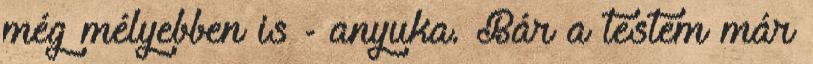
még mélyebben is - anyuka. Bár a testem már